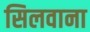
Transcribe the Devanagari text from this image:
सिलवाना